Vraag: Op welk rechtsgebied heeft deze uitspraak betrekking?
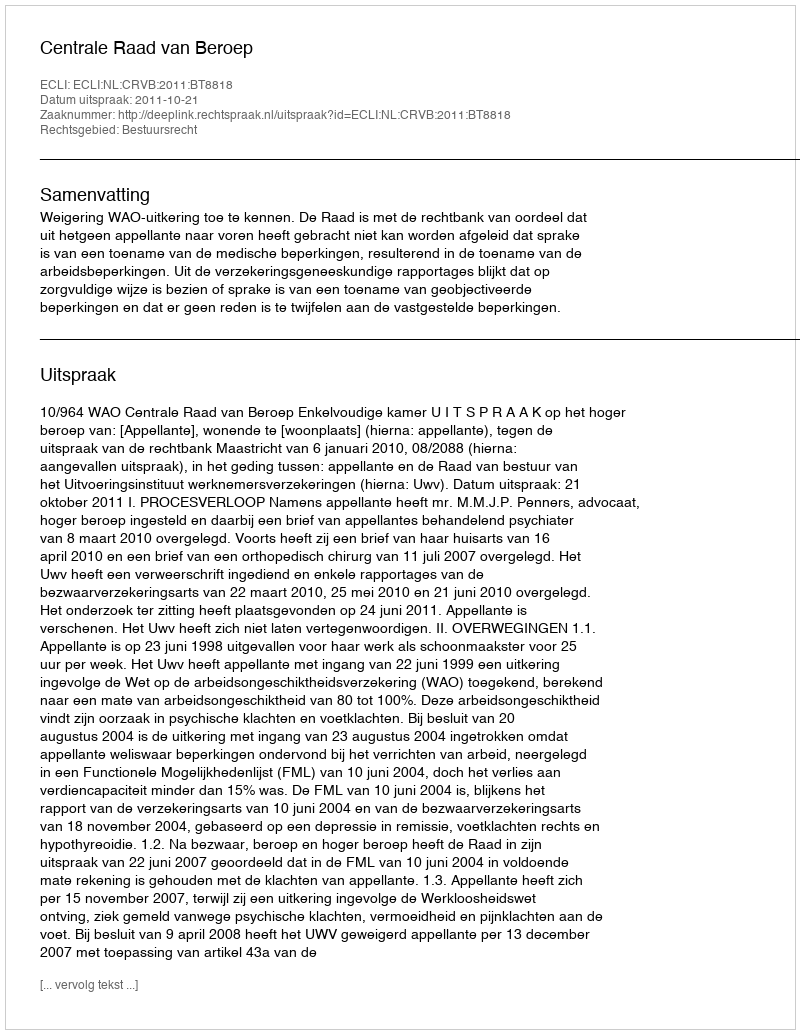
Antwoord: Bestuursrecht